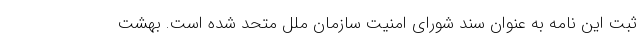
ثبت این نامه به عنوان سند شورای امنیت سازمان ملل متحد شده است. بهشت